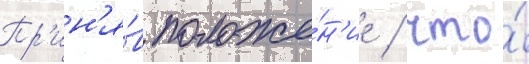
Пр'ин'я́в положе́н'ие / что́